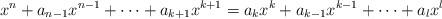
LaTeX: \begin{align*}x^n+a_{n-1}x^{n-1}+\dots +a_{k+1}x^{k+1}=a_k x^k+a_{k-1} x^{k-1}+\dots+ a_l x^l\end{align*}